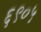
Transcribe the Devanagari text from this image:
६९०५